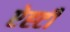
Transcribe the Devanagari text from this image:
ऐह्टी